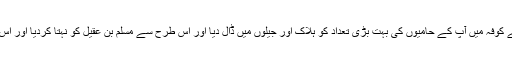
یہ تو عبیداللہ ابن زیاد تھا جو دھوکے سے کوفہ داخل ہوا اور اس نے شامی فوج کی مدد سے کوفہ میں آپ کے حامیوں کی بہت بڑی تعداد کو ہلاک اور جیلوں میں ڈال دیا اور اس طرح سے مسلم بن عقیل کو نہتا کردیا اور اس وقت کوفہ میں جو علوی کیمپ کے سپاہی تھے اور ڈیڈ سپورٹر تھے ان کو نظر بند کردیا۔